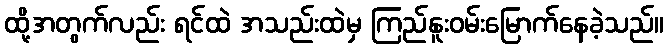
ထို့အတွက်လည်း ရင်ထဲ အသည်းထဲမှ ကြည်နူးဝမ်းမြောက်နေခဲ့သည်။